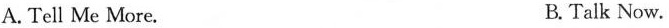
A. Tell Me More. B. Talk Now.